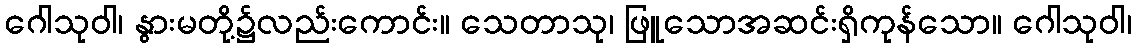
ဂေါသုဝါ၊ နွားမတို့၌လည်းကောင်း။ သေတာသု၊ ဖြူသောအဆင်းရှိကုန်သော။ ဂေါသုဝါ၊